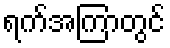
ရက်အကြာတွင်